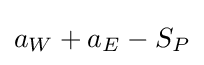
a_{W}+a_{E}-S_{P}